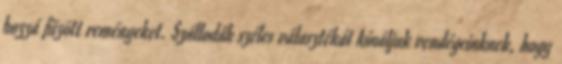
hozzá fűzött reményeket. Szállodák széles választékát kínáljuk vendégeinknek, hogy